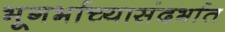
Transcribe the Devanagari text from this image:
भूगर्भाच्यासंदर्भात